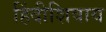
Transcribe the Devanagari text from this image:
हिंदीशिवाय